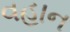
વહાન